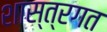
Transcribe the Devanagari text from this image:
शास्त्रगत